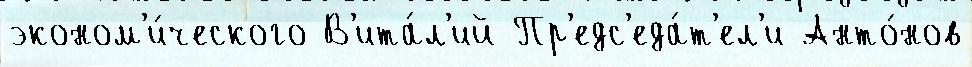
эконом'и́ческого В'ита́л'ий Пр'едс'еда́т'ел'и Анто́нов